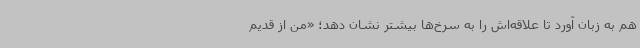
هم به زبان آورد تا علاقه‌اش را به سرخ‌ها بیشتر نشان دهد؛ «من از قدیم